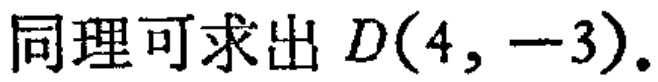
同理可求出 \(D(4, -3)\)。